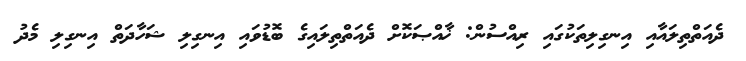
ދެއަތްތިލައާއި އިނގިލިތަކުގައި ރިއްސުން: ޚާއްޞަކޮށް ދެއަތްތިލައިގެ ބޮޑުވައި އިނގިލި ޝަހާދަތް އިނގިލި މެދު